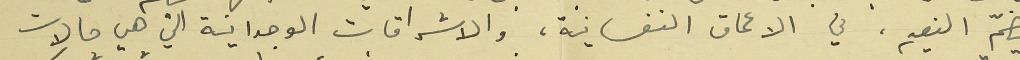
تضمّ النعيم، في الأعماق النفسانية، والاشراقات الوجدانية التي هي حالات